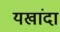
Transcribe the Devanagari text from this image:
यखांदा